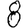
Digit: 8